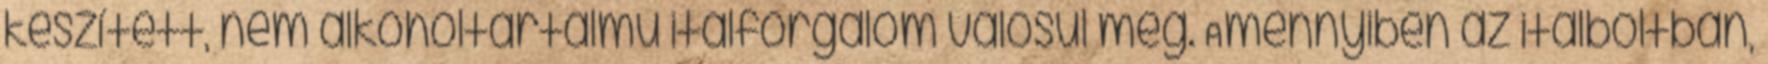
készített, nem alkoholtartalmú italforgalom valósul meg. Amennyiben az italboltban,